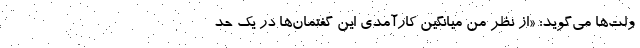
ولت‌ها می‌گوید: «از نظر من میانگین کارآمدی این گفتمان‌ها در یک حد